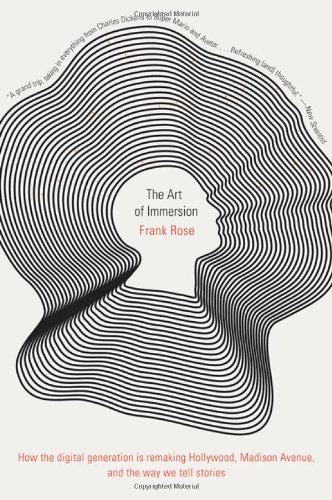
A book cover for The Art of Immersion: How the Digital Generation Is Remaking Hollywood, Madison Avenue, and the Way We Tell Stories; Frank Rose; Business & Money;